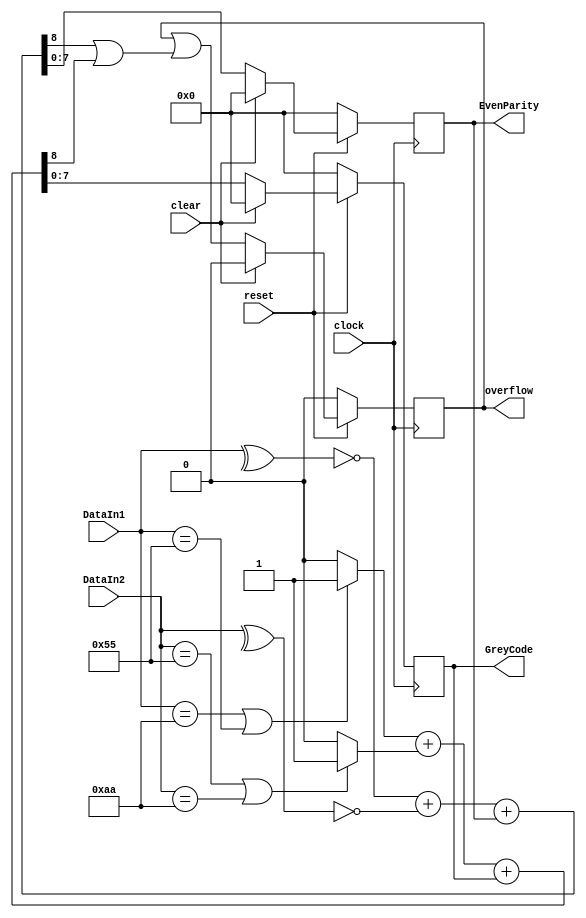
module statistic( clock, reset, clear, DataIn1, DataIn2, EvenParity, GreyCode, overflow);
input clock; // Clock
input reset; // synchronous reset - active low
input clear; // Clears statistics when high (synchronous)
input [7:0] DataIn1; // Input Data 1
input [7:0] DataIn2; // Input Data 2
// all outputs are registered 
output [7:0] EvenParity; // # of data with Even parity 
output [7:0] GreyCode; // # of data with pattern 10101010 or 01010101    
output overflow; // =1 if any of the counters above overflow, stays high until clear goes high
reg [7:0] GreyCode, EvenParity;
reg overflow;
wire In1, In2;
reg Grey1, Grey2;
wire adder_carry_1, adder_carry_2;
wire [7:0] Sum1, Sum2;

always@(posedge clock) 
begin

if(!reset)
begin
GreyCode<=0;
EvenParity <= 0;
overflow <=0;
end 

else if(clear)
begin
GreyCode<=0;
EvenParity <= 0;
overflow <=0;
end 

else
begin
overflow <= (overflow | (adder_carry_1 | adder_carry_2));
EvenParity <= Sum1;
GreyCode <= Sum2;
end 
end

assign In1 = ~(^DataIn1);
assign In2 = ~(^DataIn2);

assign{ adder_carry_1,Sum1} = In1+In2+ EvenParity;
assign{ adder_carry_2,Sum2} = Grey1+Grey2+GreyCode;

always@(*)
begin
Grey1 = 0; Grey2 = 0; 
if((DataIn1==8'b10101010)||(DataIn1==8'b01010101))
Grey1 = 1;
if((DataIn2==8'b01010101)||(DataIn2==8'b10101010))
Grey2 = 1;
end

endmodule